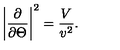
\left| \frac { \partial } { \partial \Theta } \right| ^ { 2 } = \frac { V } { v ^ { 2 } } .